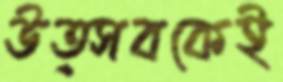
উত্সবকেই